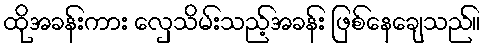
ထိုအခန်းကား လှေသိမ်းသည့်အခန်း ဖြစ်နေချေသည်။